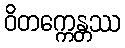
ဝိတက္ကေန္တဿ